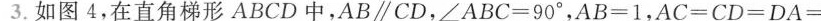
3.如图4，在直角梯形ABCD中，AB//CD，$$∠ A B C = 90°$$，$$AB = 1$$，$$AC = CD = DA = 2$$